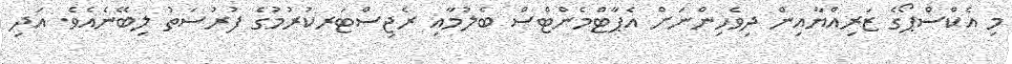
މި އެކްސްޕޯގެ ޒަރިއްޔާއިން ދިވެހިންނަށް އެޕާޓްމެންޓްސް ބެލުމާއި ރެޖިސްޓަރކުރުމުގެ ފުރުސަތު ލިބޭނެއެވެ. އަދި